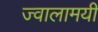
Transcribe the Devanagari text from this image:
ज्‍वालामयी